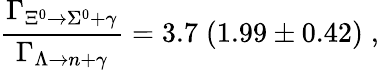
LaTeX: \frac{\Gamma_{\Xi^{0}\rightarrow\Sigma^{0}+\gamma}}{\Gamma_{\Lambda\rightarrow n+\gamma}}=3.7\; (1.99\pm 0.42)\; ,